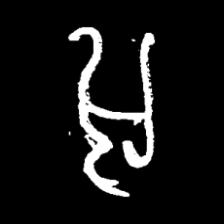
Pyu character \u2014 Myanmar letter: အ (romanized: a)